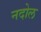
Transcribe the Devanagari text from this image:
नदोल